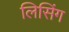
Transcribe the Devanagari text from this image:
लिसिंग